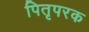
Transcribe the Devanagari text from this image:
पितृपरक